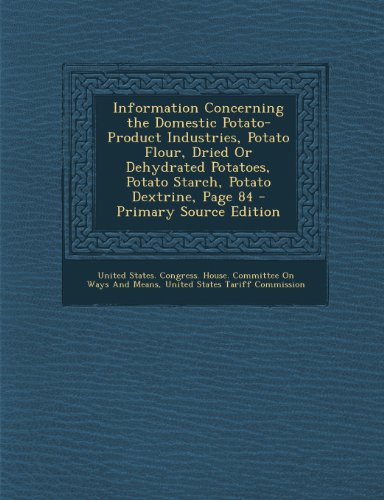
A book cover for Information Concerning the Domestic Potato-Product Industries, Potato Flour, Dried Or Dehydrated Potatoes, Potato Starch, Potato Dextrine, Page 84; Cookbooks, Food & Wine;